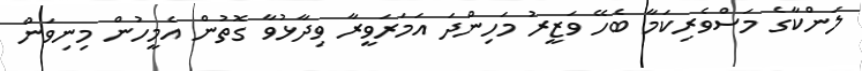
ލަންކާގެ މަސްވެރިކަމާ ބެހޭ ވަޒީރު މަހިންދަ އަމަރަވީރާ ވިދާޅުވާ ގޮތުން އެމީހުން މިނިވަން